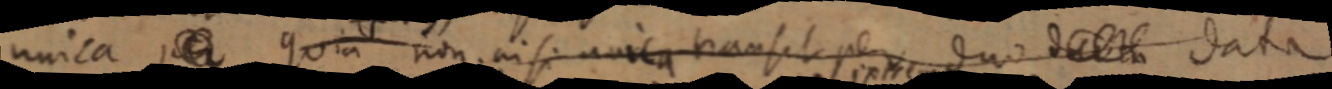
unica per quia non nisi unica transit per duo d _ data